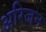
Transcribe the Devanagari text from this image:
अरिजन